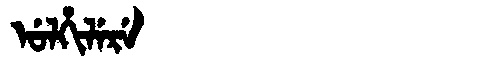
Manchu: ᡠᠯᡥᡳᠯᡝᡵᡝ
Romanization: ULHILERE